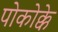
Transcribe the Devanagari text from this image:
पोकोक्के